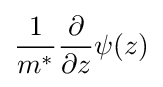
{\frac {1}{m^{*}}}{\partial  \over {\partial z}}\psi (z)